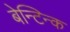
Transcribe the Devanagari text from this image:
बेन्टिन्क